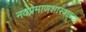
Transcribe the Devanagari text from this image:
नवप्रमाणशास्त्राच्या